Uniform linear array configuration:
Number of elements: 48
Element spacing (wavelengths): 0.5
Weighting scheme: exponential
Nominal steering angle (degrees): -30
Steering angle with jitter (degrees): -31.413
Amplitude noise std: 0.05
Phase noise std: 0.05

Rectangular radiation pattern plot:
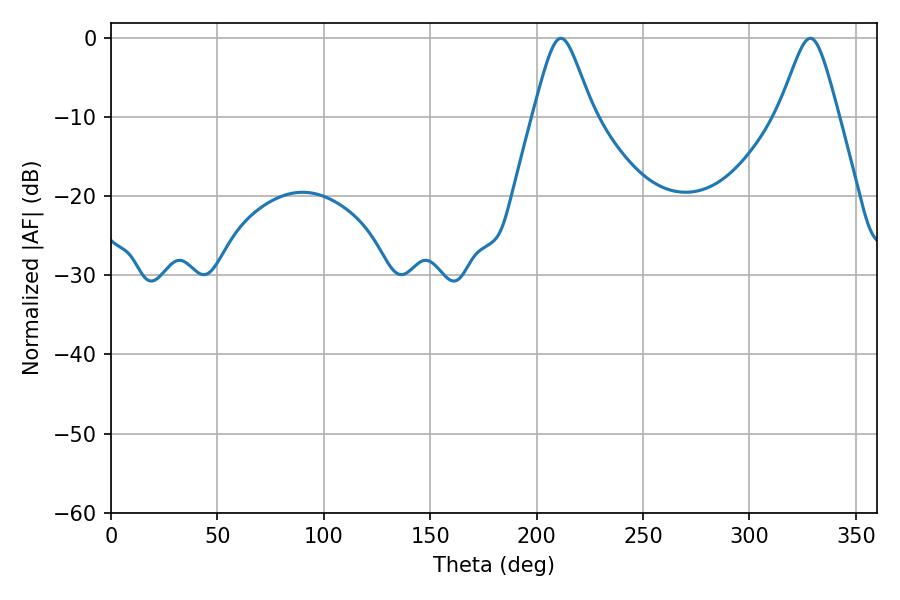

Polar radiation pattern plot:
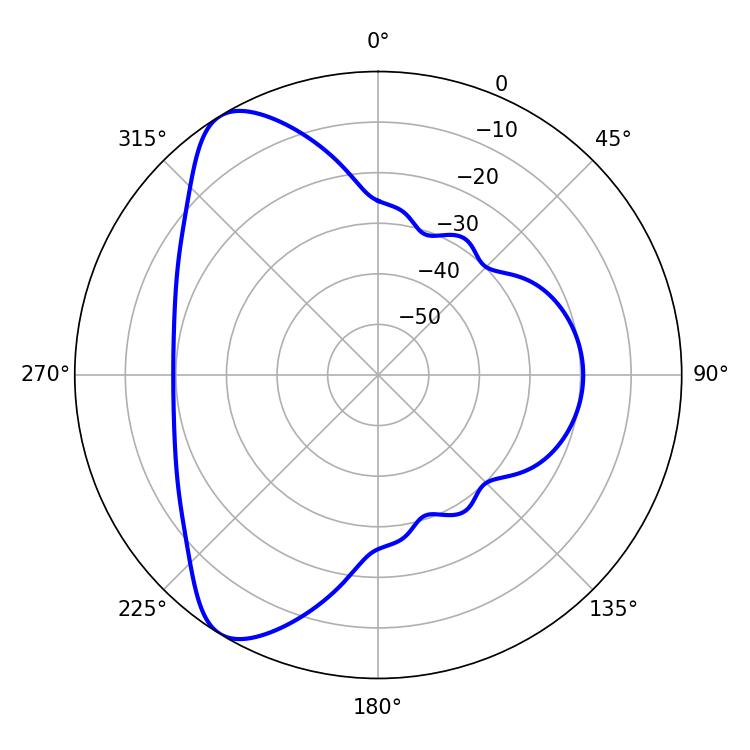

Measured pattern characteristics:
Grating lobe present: FALSE
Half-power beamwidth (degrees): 13.68
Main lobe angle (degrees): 211.32